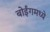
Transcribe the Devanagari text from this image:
बोईंगमध्ये